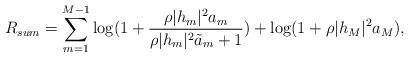
LaTeX: \begin{align*}R_{sum} = \sum^{M-1}_{m=1}\log (1 + \frac{\rho|h_m|^2a_m}{\rho|h_m|^2\tilde{a}_m+1} ) + \log(1+\rho|h_M|^2a_M),\end{align*}